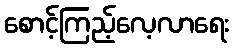
စောင့်ကြည့်လေ့လာရေး